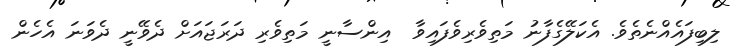
ލިބިފައެއްނެތެވެ. އެކަލޭގެފާނު މަތިވެރިވެފައިވާ  އިންސާނީ މަތިވެރި ދަރަޖައަށް ދެވޭނީ ދެވަނަ އެހެން